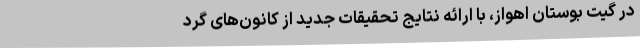
در گیت بوستان اهواز، با ارائه نتایج تحقیقات جدید از کانون‌های گرد